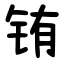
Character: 铕